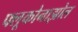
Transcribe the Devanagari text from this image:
फ्लूकोनाझोल